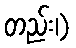
တည်း၊)